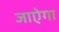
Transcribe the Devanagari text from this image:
जाऐगा